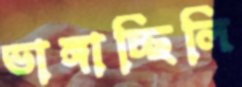
ভাঙ্গাচ্ছিলি